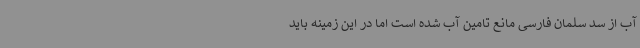
آب از سد سلمان فارسی مانع تامین آب شده است اما در این زمینه باید